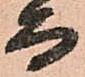
而